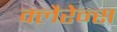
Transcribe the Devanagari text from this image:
क्लैरेन्स